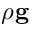
\rho { \bf g }